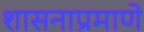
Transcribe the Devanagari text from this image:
शासनाप्रमाणे